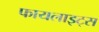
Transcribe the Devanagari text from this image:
फायलाइट्स